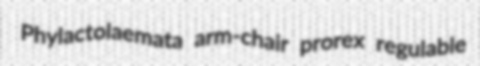
Phylactolaemata arm-chair prorex regulable